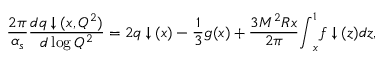
\frac { 2 \pi } { \alpha _ { s } } \frac { d q \downarrow ( x , Q ^ { 2 } ) } { d \log Q ^ { 2 } } = 2 q \downarrow ( x ) - \frac { 1 } { 3 } g ( x ) + \frac { 3 M ^ { 2 } R x } { 2 \pi } { \int } _ { x } ^ { 1 } f \downarrow ( z ) d z ,